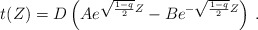
\begin{align*}t(Z) = D\left( Ae^{\sqrt{\frac{1-q}{2}}Z} -Be^{-\sqrt{\frac{1-q}{2}}Z}\right)\, .\end{align*}